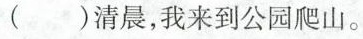
()清晨，我来到公园爬山。